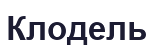
Клодель